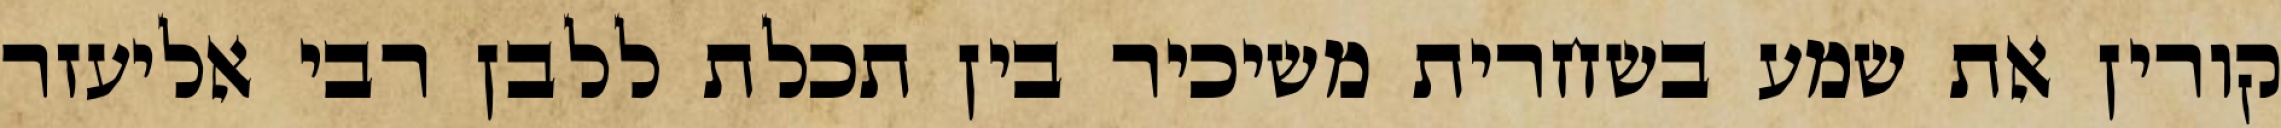
קורין את שמע בשחרית משיכיר בין תכלת ללבן רבי אליעזר